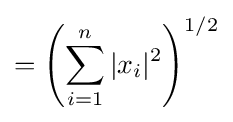
=\left(\sum _{i=1}^{n}|x_{i}|^{2}\right)^{1/2}